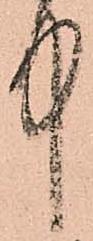
中